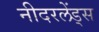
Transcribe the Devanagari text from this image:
नीदरलेंड्स